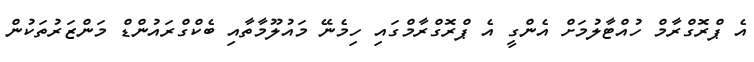
އެ ޕްރޮގްރާމް ހުއްޓާލުމަށް އެންގީ އެ ޕްރޮގްރާމްގައި ހިމެނޭ މައުލޫމާތާއި ބެކްގްރައުންޑް މަންޒަރުތަކުން